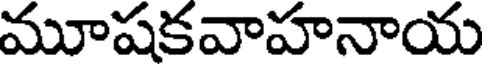
మూషకవాహనాయ